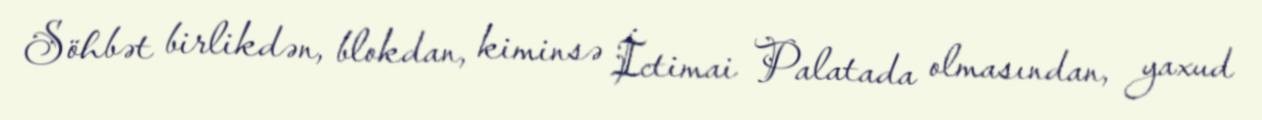
Söhbət birlikdən, blokdan, kiminsə İctimai Palatada olmasından, yaxud